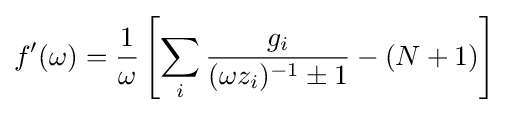
f'(\omega )={\frac {1}{\omega }}\left[\sum _{i}{\frac {g_{i}}{(\omega z_{i})^{-1}\pm 1}}-(N+1)\right]